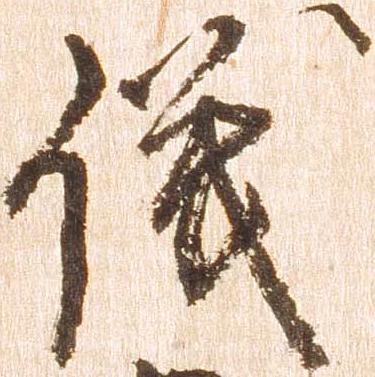
儀